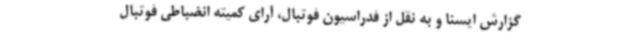
گزارش ایسنا و به نقل از فدراسیون فوتبال، آرای کمیته انضباطی فوتبال